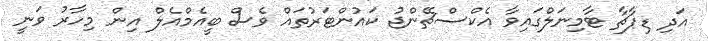
އަދި ޑިޕާޗާ ޓާމިނަލްގައިވާ އެކްސްޗޭންޖު ކައުންޓަރުތައް ވެސް ބީއެމްއެލް އިން މިހާރު ވަނީ